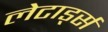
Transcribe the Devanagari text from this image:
लेटार्ड्स